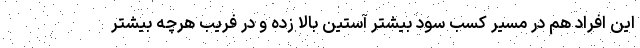
این افراد هم در مسیر کسب سود بیشتر آستین بالا زده و در فریب هرچه بیشتر